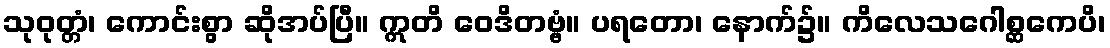
သုဝုတ္တံ၊ ကောင်းစွာ ဆိုအပ်ပြီ။ ဣတိ ဝေဒိတဗ္ဗံ။ ပရတော၊ နောက်၌။ ကိလေသဂေါစ္ဆကေပိ၊